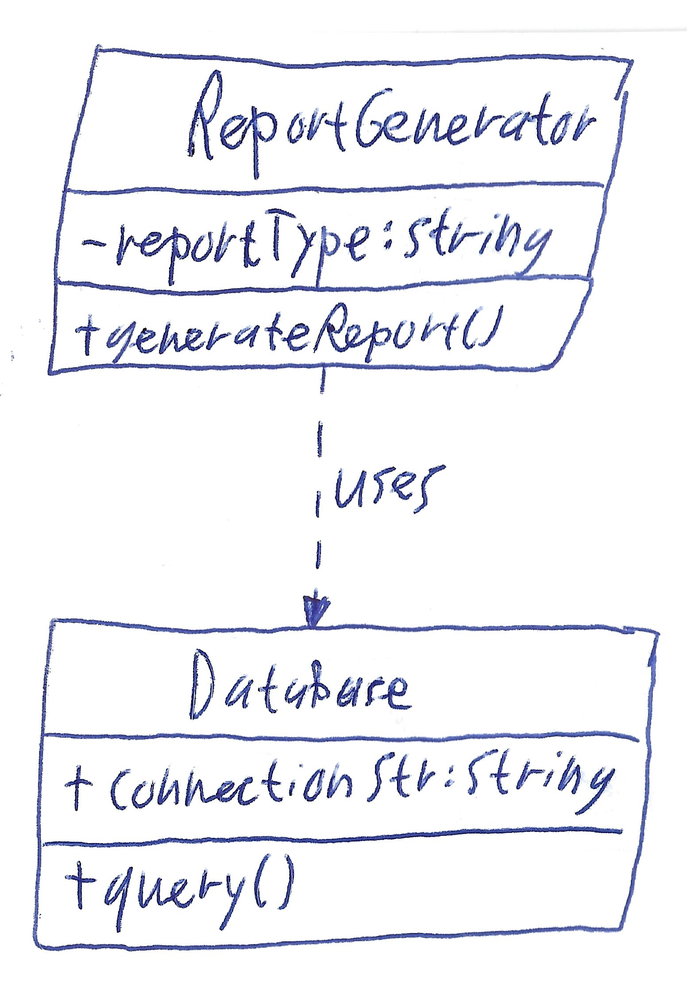
Diagram type: class_diagram
```plantuml
@startuml

class ReportGenerator {
  - reportType: String
  + generateReport()
}

class Database {
  + connectionStr: String
  + query()
}

ReportGenerator ..> Database: uses

@enduml
```